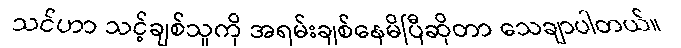
သင်ဟာ သင့်ချစ်သူကို အရမ်းချစ်နေမိပြီဆိုတာ သေချာပါတယ်။